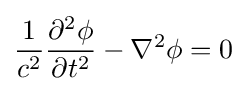
{\frac {1}{c^{2}}}{\frac {\partial ^{2}\phi }{\partial t^{2}}}-\nabla ^{2}\phi =0